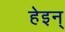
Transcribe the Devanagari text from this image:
हेइन्